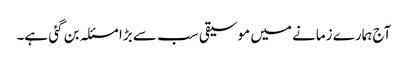
آج ہمارے زمانے میں موسیقی سب سے بڑا مسئلہ بن گئی ہے۔